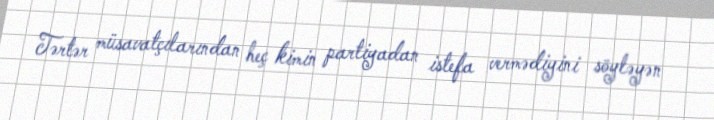
Tərtər müsavatçılarından heç kimin partiyadan istefa vermədiyini söyləyən